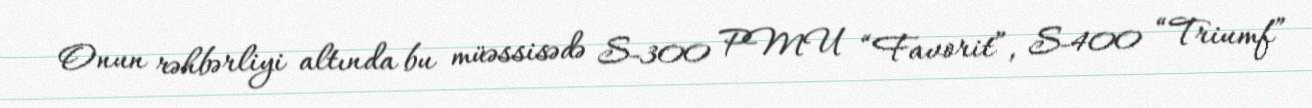
Onun rəhbərliyi altında bu müəssisədə S-300 PMU “Favorit”, S-400 “Triumf”